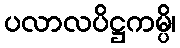
ပလာလပိဋ္ဌကမ္ပိ၊